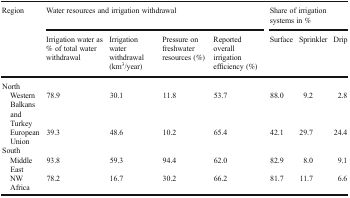
<table><thead><tr><td rowspan="2"><b>Region</b></td><td colspan="4"><b>Water resources and irrigation withdrawal</b></td><td colspan="3"><b>Share of irrigation systems in %</b></td></tr><tr><td><b>Irrigation water as % of total water withdrawal</b></td><td><b>Irrigation water withdrawal (km<sup>3</sup>/year)</b></td><td><b>Pressure on freshwater resources (%)</b></td><td><b>Reported overall irrigation efficiency (%)</b></td><td><b>Surface</b></td><td><b>Sprinkler</b></td><td><b>Drip</b></td></tr></thead><tbody><tr><td colspan="8">North</td></tr><tr><td> Western Balkans and Turkey</td><td>78.9</td><td>30.1</td><td>11.8</td><td>53.7</td><td>88.0</td><td>9.2</td><td>2.8</td></tr><tr><td> European Union</td><td>39.3</td><td>48.6</td><td>10.2</td><td>65.4</td><td>42.1</td><td>29.7</td><td>24.4</td></tr><tr><td colspan="8">South</td></tr><tr><td> Middle East</td><td>93.8</td><td>59.3</td><td>94.4</td><td>62.0</td><td>82.9</td><td>8.0</td><td>9.1</td></tr><tr><td> NW Africa</td><td>78.2</td><td>16.7</td><td>30.2</td><td>66.2</td><td>81.7</td><td>11.7</td><td>6.6</td></tr></tbody></table>